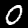
Digit: 0